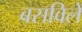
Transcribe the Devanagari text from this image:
बसविलें